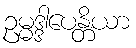
ဥမ္မဒ္ဒါပေန္တိယာ